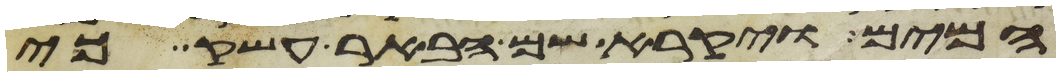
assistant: המים ויקרא שם הבאר עשק כי